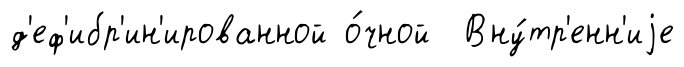
д'еф'ибр'ин'ированной о́чной Вну́тр'енн'иjе